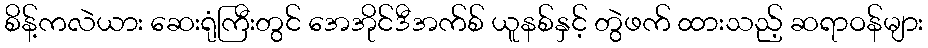
စိန့်ကလဲယား ဆေးရုံကြီးတွင် အေအိုင်ဒီအက်စ် ယူနစ်နှင့် တွဲဖက် ထားသည့် ဆရာဝန်များ